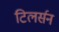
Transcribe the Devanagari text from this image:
टिलर्सन